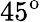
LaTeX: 45^{\mathrm{{o}}}